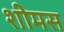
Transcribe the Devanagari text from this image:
शीमस